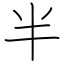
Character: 半